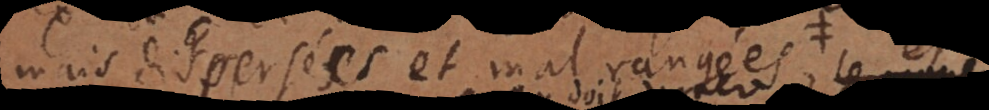
ais dispersées et mal rangées, au